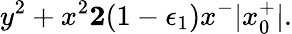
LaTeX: y^{2}+x^{2}\le 2(1-\epsilon_{1})x^{-}|x_{0}^{+}|.